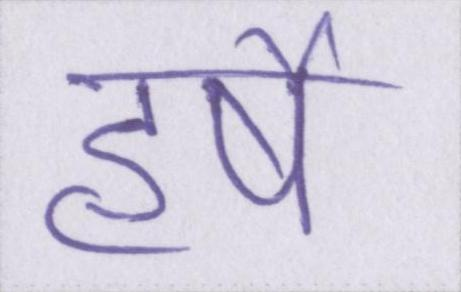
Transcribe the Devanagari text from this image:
हर्षे